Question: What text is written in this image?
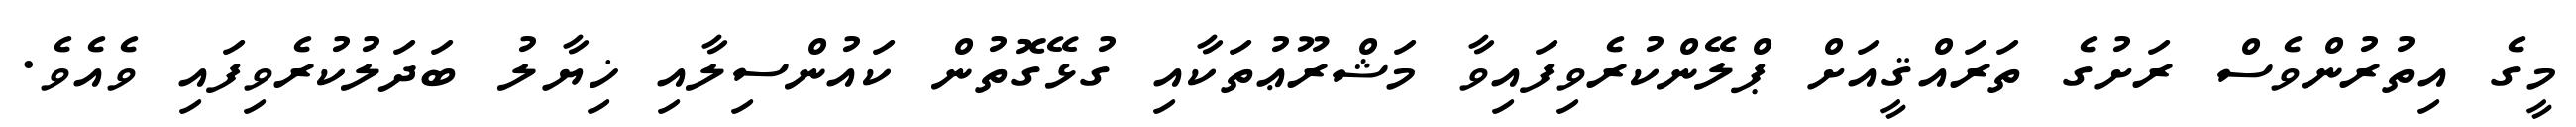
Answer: މީގެ އިތުރުންވެސް ރަށުގެ ތަރައްޤީއަށް ޕްލޭންކުރެވިފައިވާ މަޝްރޫޢުތަކާއި ގުޅޭގޮތުން ކައުންސިލާއި ޚިޔާލު ބަދަލުކުރެވިފައި ވެއެވެ.